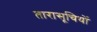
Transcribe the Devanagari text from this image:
तारासूचियों